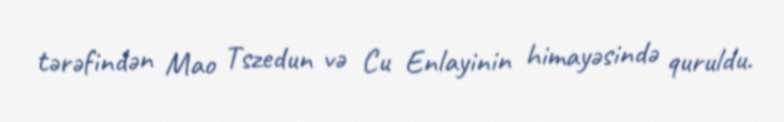
tərəfindən Mao Tszedun və Cu Enlayinin himayəsində quruldu.